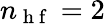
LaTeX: n_{\mathrm{~h~f~}}=2